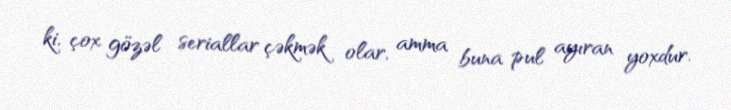
ki, çox gözəl seriallar çəkmək olar, amma buna pul ayıran yoxdur.